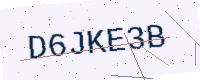
Text: D6JKE3B